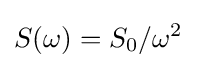
S(\omega )=S_{0}/\omega ^{2}